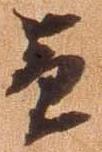
兼